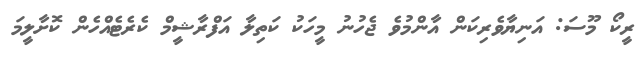
ރީކޯ މޫސަ: އަނިޔާވެރިކަން އާންމުވެ ޖެހުނު މީހަކު ކަތިލާ އަފްރާޝީމް ކެރެޓެއްހެން ކޮށާލީމަ